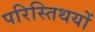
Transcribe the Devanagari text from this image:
परिस्तिथयों